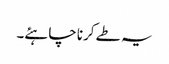
یہ طے کرنا چاہئے۔